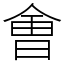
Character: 㑹